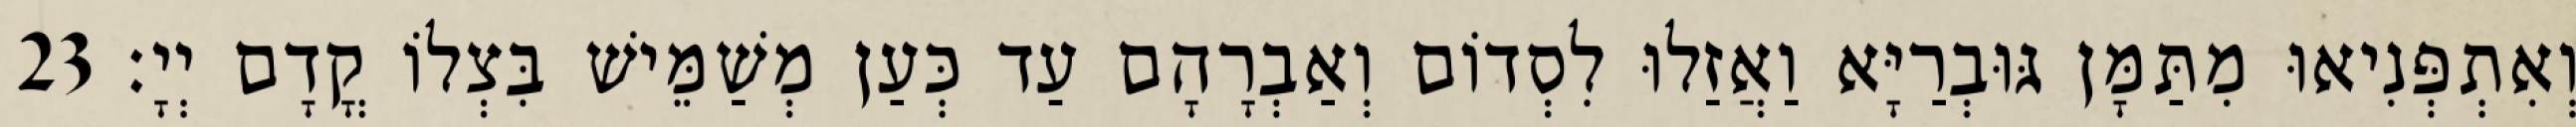
וְאִתְפְּנִיאוּ מִתַּמָּן גּוּבְרַיָּא וַאֲזַלוּ לִסְדוֹם וְאַבְרָהָם עַד כְּעַן מְשַׁמֵּישׁ בִּצְלוֹ קֳדָם יְיָ׃ 23